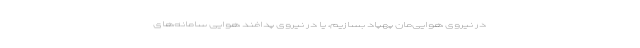
در نیروی هوایی‌مان پهپاد بسازیم، یا در نیروی پدافند هوایی سامانه‌های